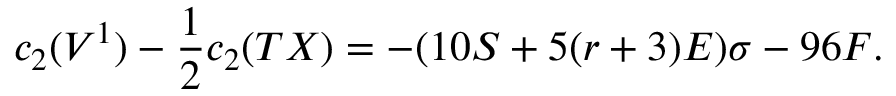
c _ { 2 } ( V ^ { 1 } ) - \frac { 1 } { 2 } c _ { 2 } ( T X ) = - ( 1 0 S + 5 ( r + 3 ) { \cal { E } } ) \sigma - 9 6 F .